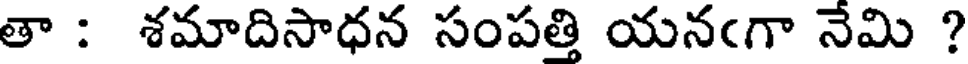
తా : శమాదిసాధన సంపత్తి యనఁగా నేమి ?